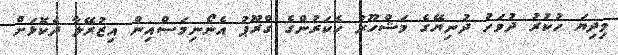
މިދިޔަ ހުކުރު ދުވަހު ދުނިޔޭގެ މަޝްހޫރު ހެކަރުންގެ ގްރޫޕު އެނޯނިމަސްއިން އިޒުރޭލާ ދެކޮޅަށް